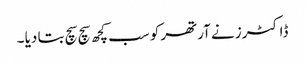
ڈاکٹرز نے آرتھر کو سب کچھ سچ سچ بتا دیا ۔